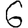
Digit: 6